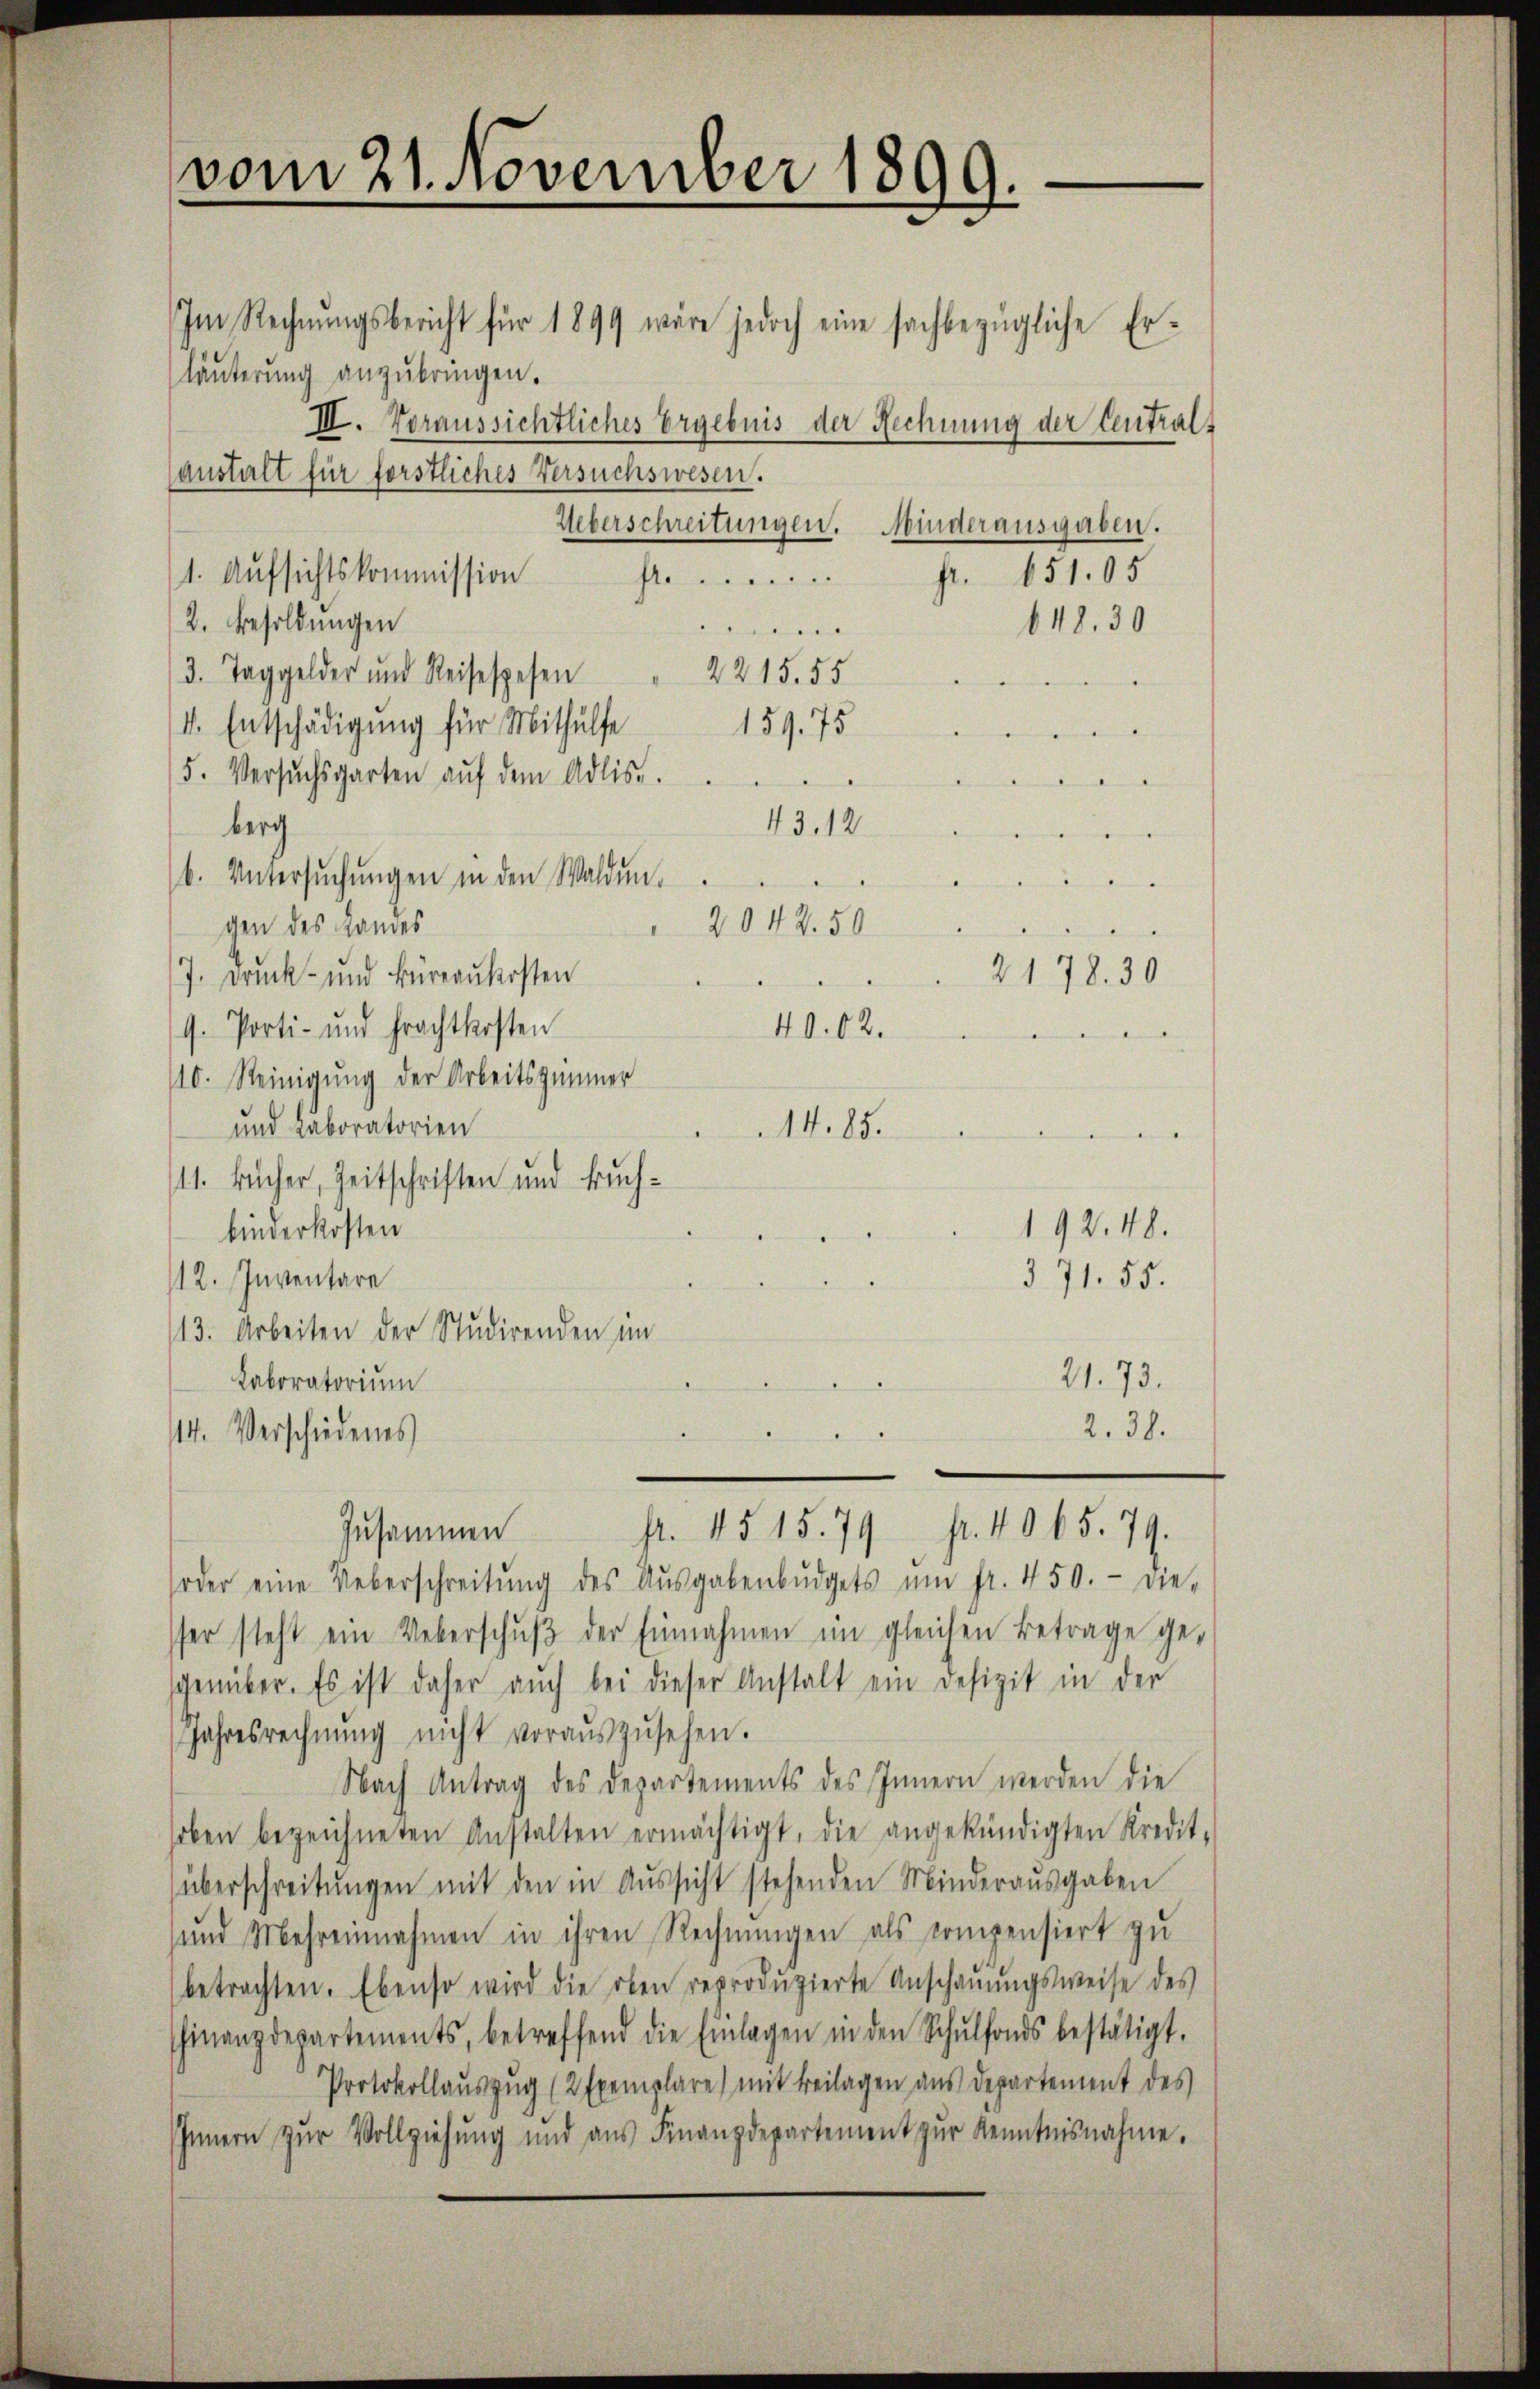
vom 21. November 1899.

Im Rechnŭngsbericht für 1899 wäre jedoch eine sachbezügliche Er-
läuterung anzŭbringen.
III. Voraussichtliches Ergebnis der Rechnung der Centralanstalt für förstliches Versuchswesen.
1. Aufsichtskommission
f
2. Besoldungen
3. Taggelder und Reisespesen " 2215. 55
4. Entschädigung für Mithülfe
5. Versŭchsgarten aŭf dem Adlis.
43.12
berg
b. Untersŭchŭngen in den Walden.
2042.50
gen des Landes
7. Druck- und Büreaukosten
9. Porti- und Frachtkosten
40. 62.
110. Seinigung der Arbeitszimmer
und Laboratorien
14. 85.
/11. Bücher, Zeitschriften und Buchbinderkosten
12. Inventare
113. Arbeiten der Studirenden im
21. 73.
Laboratorium
2. 38.
114. Verschiedenes
Zusammen
fr. 45. 15. 79 f. 4065. 79.
oder eine Ueberschreitŭng des Aŭsgabenbŭdgets ŭm fr. 450. die-
er steht ein Ueberschŭβ der Einnahmen im gleichen Betrage ge-
scheüber. Es ist daher aŭch bei dieser Anstalt ein Defizit in der
JJahresrechnŭng nicht voraŭszŭsehen.
Nach Antrag des Departements des Innern werden die
hoben bezeichneten Anstalten ermächtigt, die angekündigten Kredit-
überschreitŭngen mit den in Aŭssicht stehenden Minderausgaben
sund Mehreinnahmen in ihren Rechnŭngen als compensiert zu
betrachten. Ebenso wird die oben reproduzierte Anschaŭŭngsweise des
finanzdepartements, betreffend die Einlagen in den Schŭlfonds bestätigt.
Protokollaŭszŭg (2 Exemplare) mit Beilagen aus departement des
IInnern zŭr Vollziehŭng und aŭs Finanzdepartement zŭr Kenntnisnahme.

Ueberschreitungen. Minderausgaben.
fr. 651. 05
648. 30
Deer 6. Senten
159. 75
menselberger

2178. 30

192. 48.
371. 55.